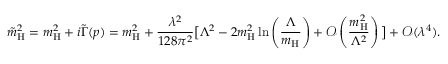
\tilde { m } _ { \mathrm { H } } ^ { 2 } = m _ { \mathrm { H } } ^ { 2 } + i \tilde { \Gamma } ( p ) = m _ { \mathrm { H } } ^ { 2 } + \frac { \lambda ^ { 2 } } { 1 2 8 \pi ^ { 2 } } \big [ \Lambda ^ { 2 } - 2 m _ { \mathrm { H } } ^ { 2 } \ln \left( \frac { \Lambda } { m _ { \mathrm { H } } } \right) + \mathcal { O } \left( \frac { m _ { \mathrm { H } } ^ { 2 } } { \Lambda ^ { 2 } } \right) \big ] + \mathcal { O } ( \lambda ^ { 4 } ) .